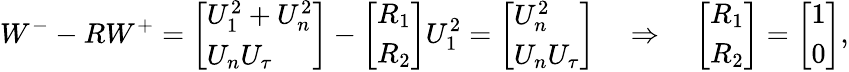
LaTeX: W^{-}-RW^{+}=\left[\begin{array}{l}{U_{1}^{2}+U_{n}^{2}}\\ {U_{n}U_{\tau}}\end{array}\right]-\left[\begin{array}{l}{R_{1}}\\ {R_{2}}\end{array}\right]U_{1}^{2}=\left[\begin{array}{l}{U_{n}^{2}\ }\\ {U_{n}U_{\tau}}\end{array}\right]\quad\Rightarrow\quad\left[\begin{array}{l}{R_{1}}\\ {R_{2}}\end{array}\right]=\left[\begin{array}{l}{1}\\ {0}\end{array}\right],